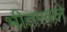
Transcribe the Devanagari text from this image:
भीतरवले